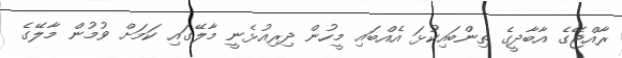
ރާއްޖޭގެ އާބާދީގެ ތިންބައިކުޅަ އެއްބައި މީހުން ދިރިއުޅެނީ މާލޭގައި ކަމަށް ވުމުން މާލޭގެ